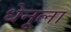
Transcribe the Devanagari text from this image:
धेनूला